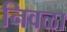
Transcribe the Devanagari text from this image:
निवळा